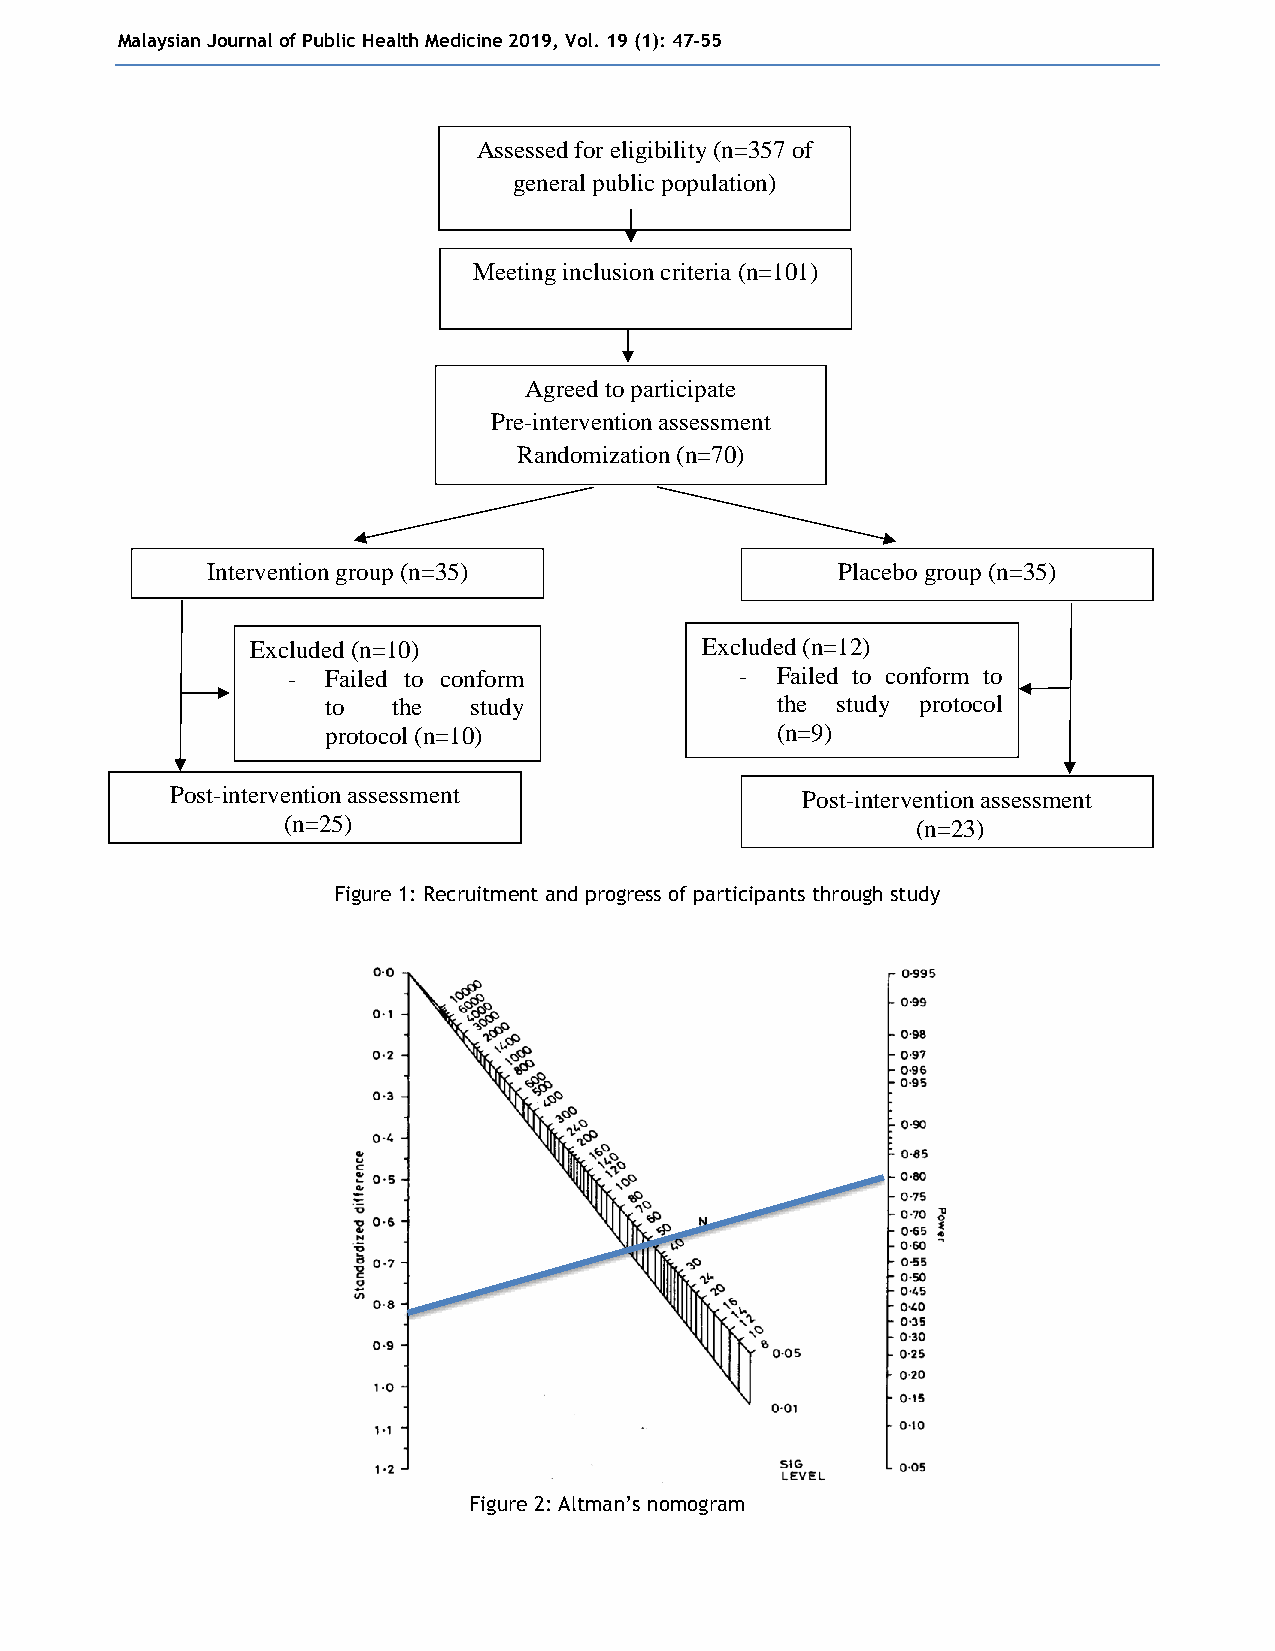
Malaysian Journal of Public Health Medicine 2019, Vol. 19 (1): 47-55
 Assessed for eligibility (n=357 of
 general public population)
 Meeting inclusion criteria (n=101)
 Agreed to participate
 Pre-intervention assessment
 Randomization (n=70)
 Intervention group (n=35)                Placebo group (n=35)
 Excluded (n=10)              Excluded (n=12)
 -  Failed to conform          - Failed to conform to
 to  the  study               the study protocol
 protocol (n=10)              (n=9)
 - Pregnant (n=3)
 Post-intervention assessment              Post-intervention assessment
 (n=25)                                    (n=23)
 Figure 1: Recruitment and progress of participants through study
 Figure 2: Altman’s nomogram